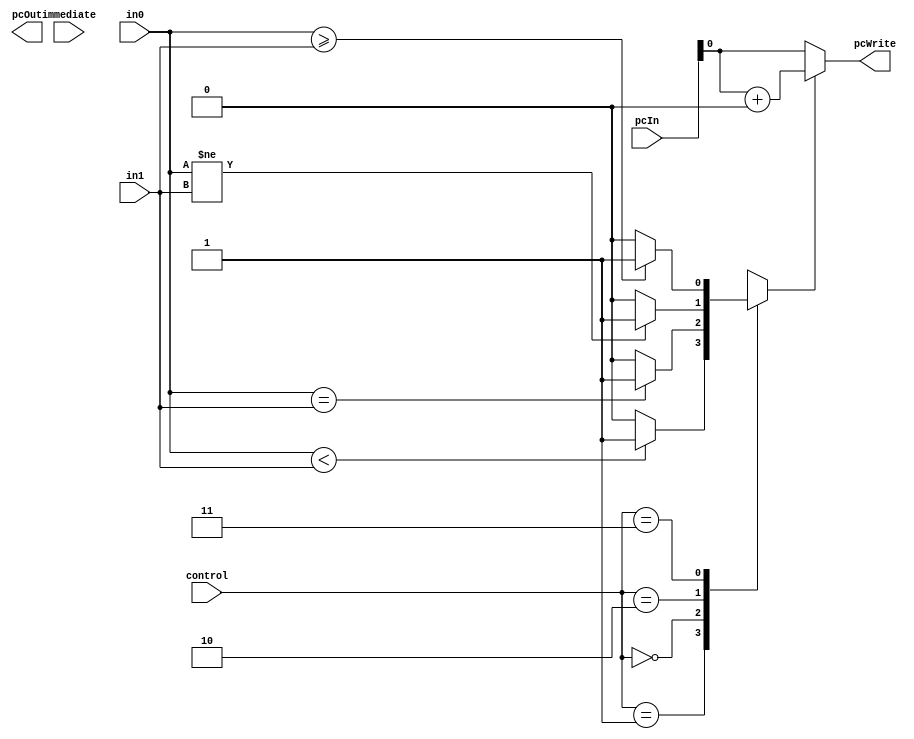
module L_ALU_1 (control, immediate, in0, in1, pcIn, pcOut, pcWrite);

// Handles LT, EQ, NEQ, GEQ
// Control bits: instruction[14:13]
// Immediate bits: instruction[12:6]
// Each ALU is responsible for sign extending their own immediate
	
	input [1:0] control;
	input [6:0] immediate;
	
	input [15:0] in0;
	input [15:0] in1;
	input [15:0] pcIn;
	
	reg myBoolean;
	output reg pcWrite;
	output [15:0] pcOut;
	
	wire [15:0] seImmediate;
	assign seImmediate = {{9{immediate[6]}}, immediate[6:0]};
	
	always @(in0, in1, control) begin
	
		myBoolean = 1'b0;
	
		case(control)
		
			2'b01: //LT
				if(in0<in1) myBoolean = 1'b1;
					
			2'b00: //EQ
				if(in0==in1) myBoolean = 1'b1;		
			
			2'b10: //NEQ
				if(in0!=in1) myBoolean = 1'b1;
				
			2'b11: //GEQ
				if(in0>=in1) myBoolean = 1'b1;
			
		endcase
	
		if (myBoolean) begin
				pcWrite <= pcIn + (seImmediate << 1);
		end else begin
			pcWrite <= pcIn;
		end
	
	end
	
endmodule